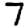
Digit: 7